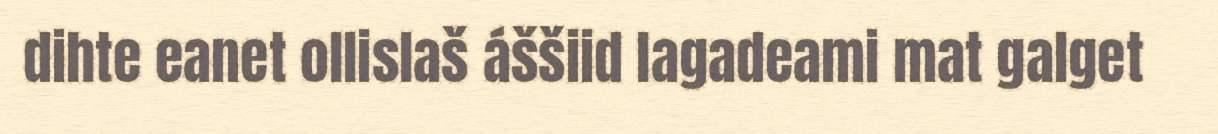
dihte eanet ollislaš áššiid lagadeami mat galget